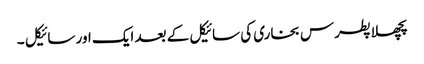
پچھلا پطرس بخاری کی سائیکل کے بعد ایک اور سائیکل ۔